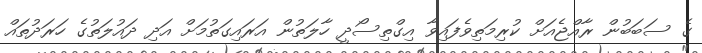
ގެ ސަބަބުން ރާއްޖެއަށް ކުރިމަތިވެފައިވާ އިގްތިސޯދީ ހާލަތުން އަރައިގަތުމަށް އަދި ދައުލަތުގެ ހަރަދުތައް